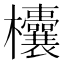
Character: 欜